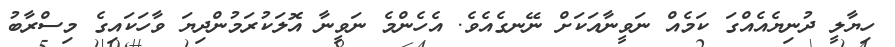
ހިޔާލީ ދުނިޔެއެއްގަ ކަމެއް ނަވީނާއަކަށް ނޭނގެއެވެ. އެހެންމެ ނަވީނާ އޮލަކުރަމުންދިޔަ ވާހަކައިގެ މިސްރާބު